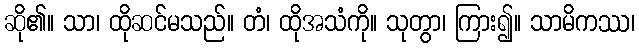
ဆို၏။ သာ၊ ထိုဆင်မသည်။ တံ၊ ထိုအသံကို။ သုတွာ၊ ကြား၍။ သာမိကဿ၊